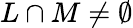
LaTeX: L\cap M\neq\emptyset